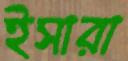
ইসারা